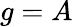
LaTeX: g=A